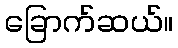
ခြောက်ဆယ်။